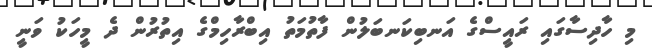
މި ހާދިސާގައި ރައީސްގެ އަނބިކަނބަލުން ފާތުމަތު އިބްރާހިމްގެ އިތުރުން ދެ މީހަކު ވަނީ